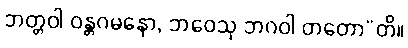
ဘတ္တဝါ ဝန္တဂမနော, ဘဝေသု ဘဂဝါ တတော”တိ။